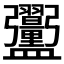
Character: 𪾞